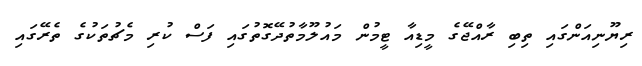
ރިޔޫނިއަންގައި ތިބި ރާއްޖޭގެ މީޑިއާ ޓީމުން މައުލޫމާތުދޭގޮތުގައި ފަސް ކުރި މެޗުތަކުގެ ތެރޭގައި